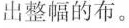
出整幅的布。